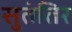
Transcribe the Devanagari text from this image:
सुतंतिर